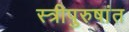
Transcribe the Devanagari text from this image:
स्त्रीपुरुषांत